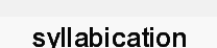
syllabication